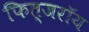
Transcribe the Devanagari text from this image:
फित्जरॉय